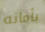
بأمانه